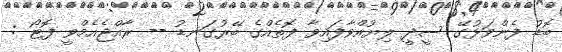
ބޮޑު ފެންވަޅުގޭ ސީދީ ލިޔުއްވާފައިވާ ފޮތެއްގެ ބޭރުގަނޑު -- ރާއްޖެއެމްވީ ފޮޓޯ :